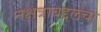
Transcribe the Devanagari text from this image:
नक्षत्राबद्दलचा